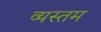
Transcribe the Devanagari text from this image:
व्यस्तम